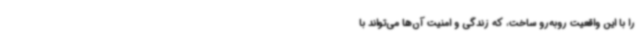
را با این واقعیت روبه‌رو ساخت، که زندگی و امنیت آن‌ها می‌تواند با